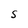
Character: S